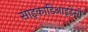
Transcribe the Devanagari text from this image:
साइकाडिआइडेसी